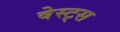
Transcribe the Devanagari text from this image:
वेस्ट्स